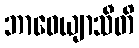
ဘာဝေယျာသီတိ